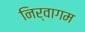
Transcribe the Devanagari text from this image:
निर्वागम